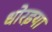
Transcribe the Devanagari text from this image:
धोरइया